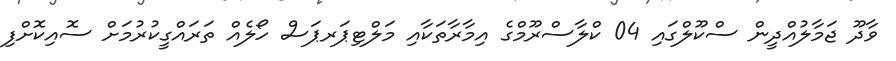
ވާދޫ ޖަމާލުއްދީން ސްކޫލްގައި 04 ކްލާސްރޫމްގެ އިމާރާތަކާއި މަލްޓިޕަރޕަސް ހޯލެއް ތަރައްގީކުރުމަށް ސޮއިކޮށްފި